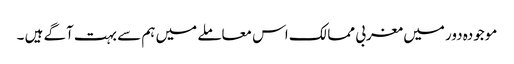
موجودہ دور میں مغربی ممالک اس معاملے میں ہم سے بہت آگے ہیں ۔